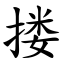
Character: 搂